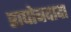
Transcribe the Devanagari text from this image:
राघोबदादा